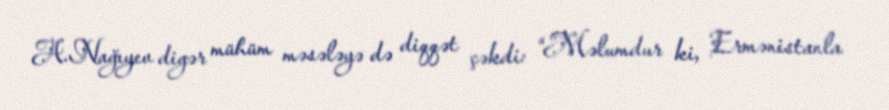
A.Nağıyev digər mühüm məsələyə də diqqət çəkdi: “Məlumdur ki, Ermənistanla